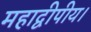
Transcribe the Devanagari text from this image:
महाद्वीपीय।